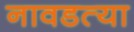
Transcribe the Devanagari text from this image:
नावडत्या